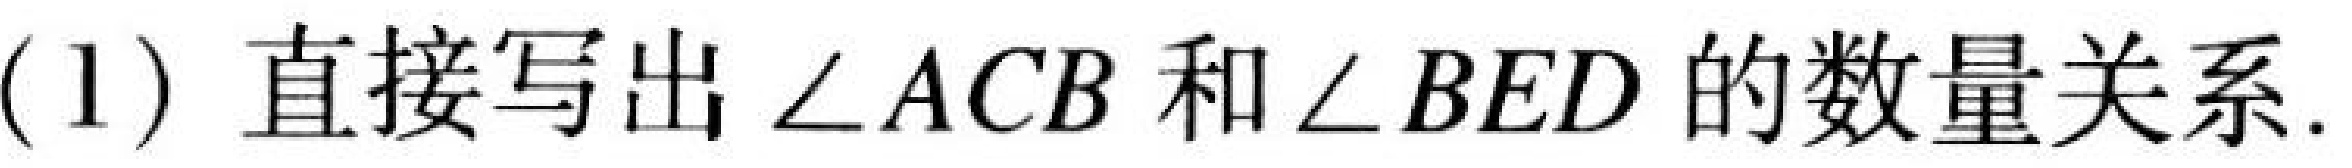
(1) 直接写出\(\angle ACB\)和\(\angle BED\)的数量关系.